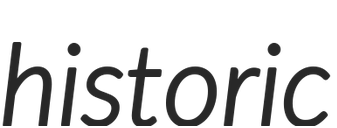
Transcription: historic